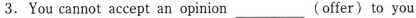
3. You cant accept an opinion__(offer) to you